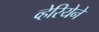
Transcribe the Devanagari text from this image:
व्हेरियेने